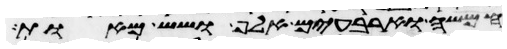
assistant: חמשה וארבעים אלף ושש מאות